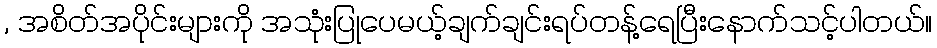
, အစိတ်အပိုင်းများကို အသုံးပြုပေမယ့်ချက်ချင်းရပ်တန့်ရေပြီးနောက်သင့်ပါတယ်။